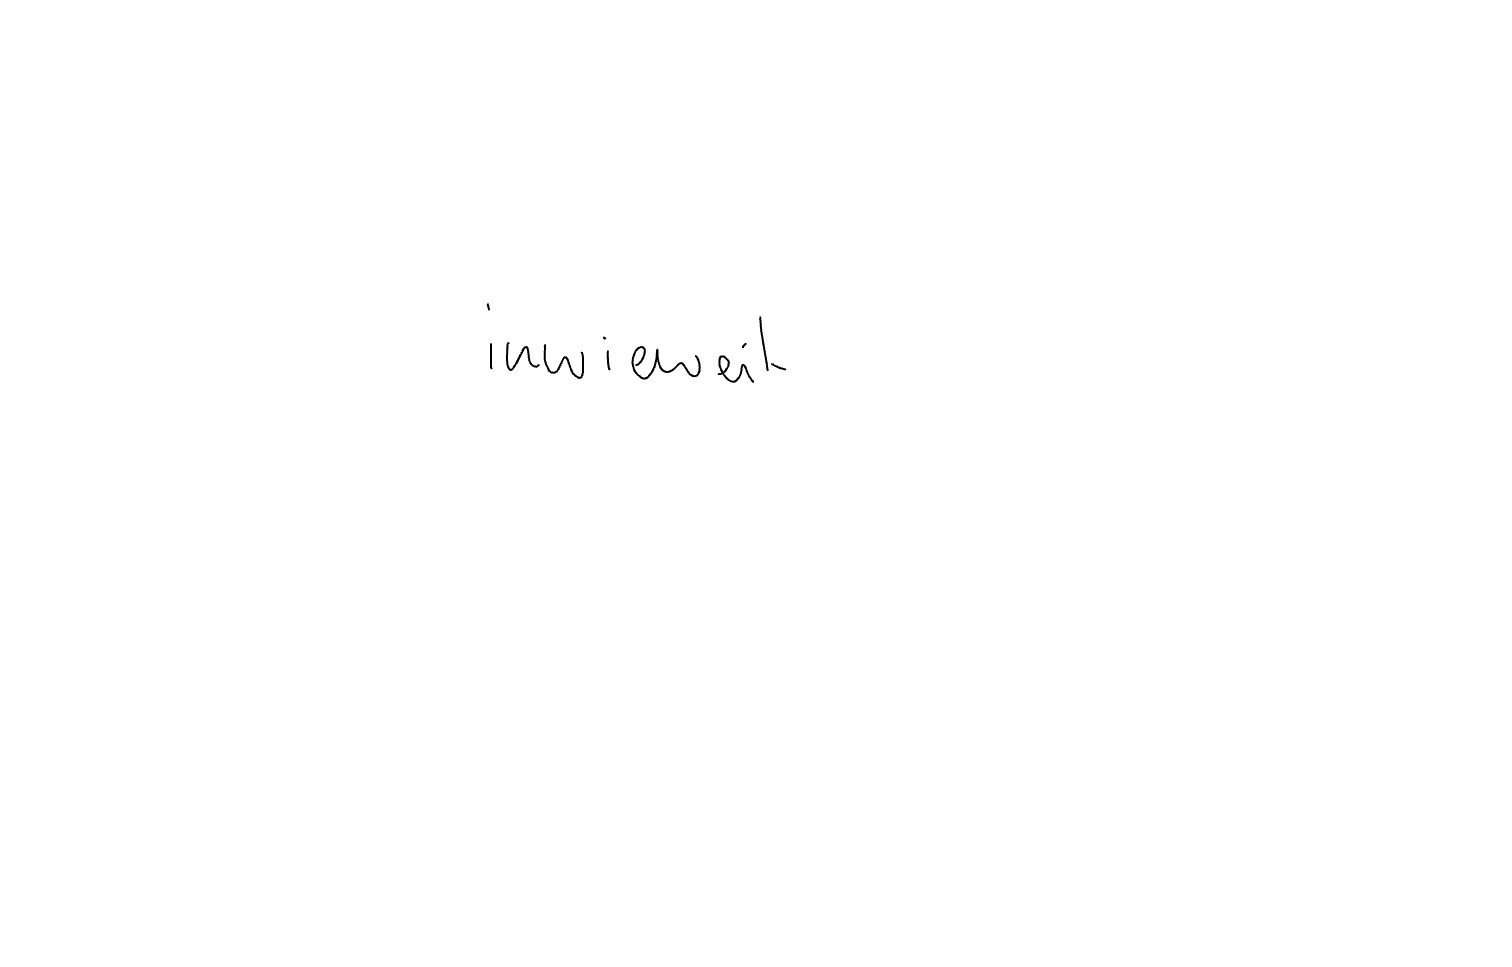
Text: inwieweit